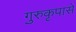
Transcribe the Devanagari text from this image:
गुरुकृपासे